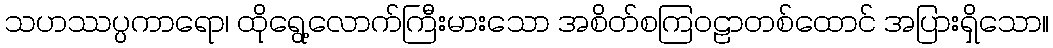
သဟဿပ္ပကာရော၊ ထိုရွေ့လောက်ကြီးမားသော အစိတ်စကြဝဠာတစ်ထောင် အပြားရှိသော။